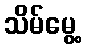
သိမ်မွေ့